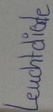
Text: Leuchtdiode